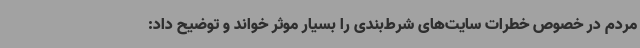
مردم در خصوص خطرات سایت‌های شرط‌بندی را بسیار موثر خواند و توضیح داد: